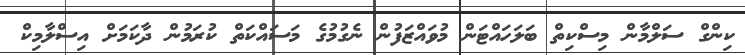
ކިންގް ސަލްމާން މިސްކިތް ބަލަހައްޓަން މުވައްޒަފުން ނެގުމުގެ މަސައްކަތް ކުރަމުން ދާކަމަށް އިސްލާމިކް